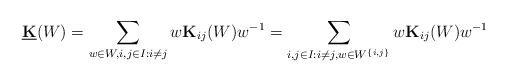
LaTeX: \begin{align*}\underline {\bf K}(W)=\sum\limits_{w\in W, i,j\in I:i\ne j} w{\bf K}_{ij}(W)w^{-1}=\sum\limits_{i,j\in I:i\ne j, w\in W^{\{i,j\}}} w{\bf K}_{ij}(W)w^{-1}\end{align*}